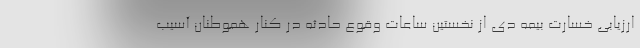
ارزیابی خسارت بیمه دی از نخستین ساعات وقوع حادثه در کنار هموطنان آسیب